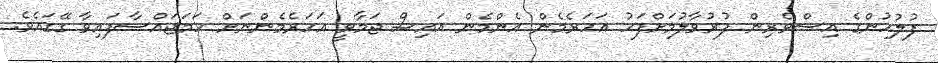
ފުލުހުންގެ އިސްވެރިން ފުރުވާލުމަށްފަހު އަހަރެމެން އެންމެން އައިސް ޖަމާވީ އަހަރެމެންނަށް ހަމަޖައްސާފައިވާ ގޭގައެވެ.